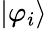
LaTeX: |\varphi_{i}\rangle